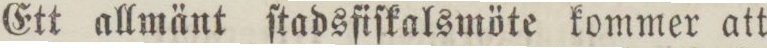
Ett allmänt ſtadsfiſkalsmöte kommer att